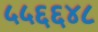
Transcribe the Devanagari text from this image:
५५६६४८